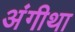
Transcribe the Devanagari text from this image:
अंगीथा